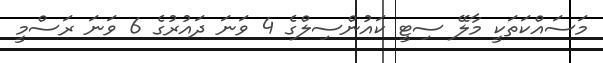
މަސައްކަތަކީ މާލޭ ސިޓީ ކައުންސިލްގެ 4 ވަނަ ދައުރުގެ 6 ވަނަ ރަސްމީ